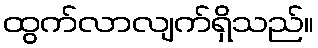
ထွက်လာလျက်ရှိသည်။